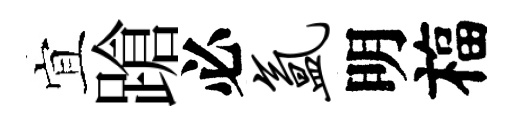
宜蹌必氲明福